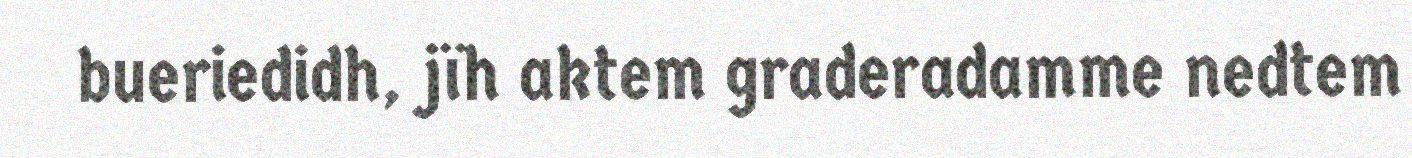
bueriedidh, jïh aktem graderadamme nedtem